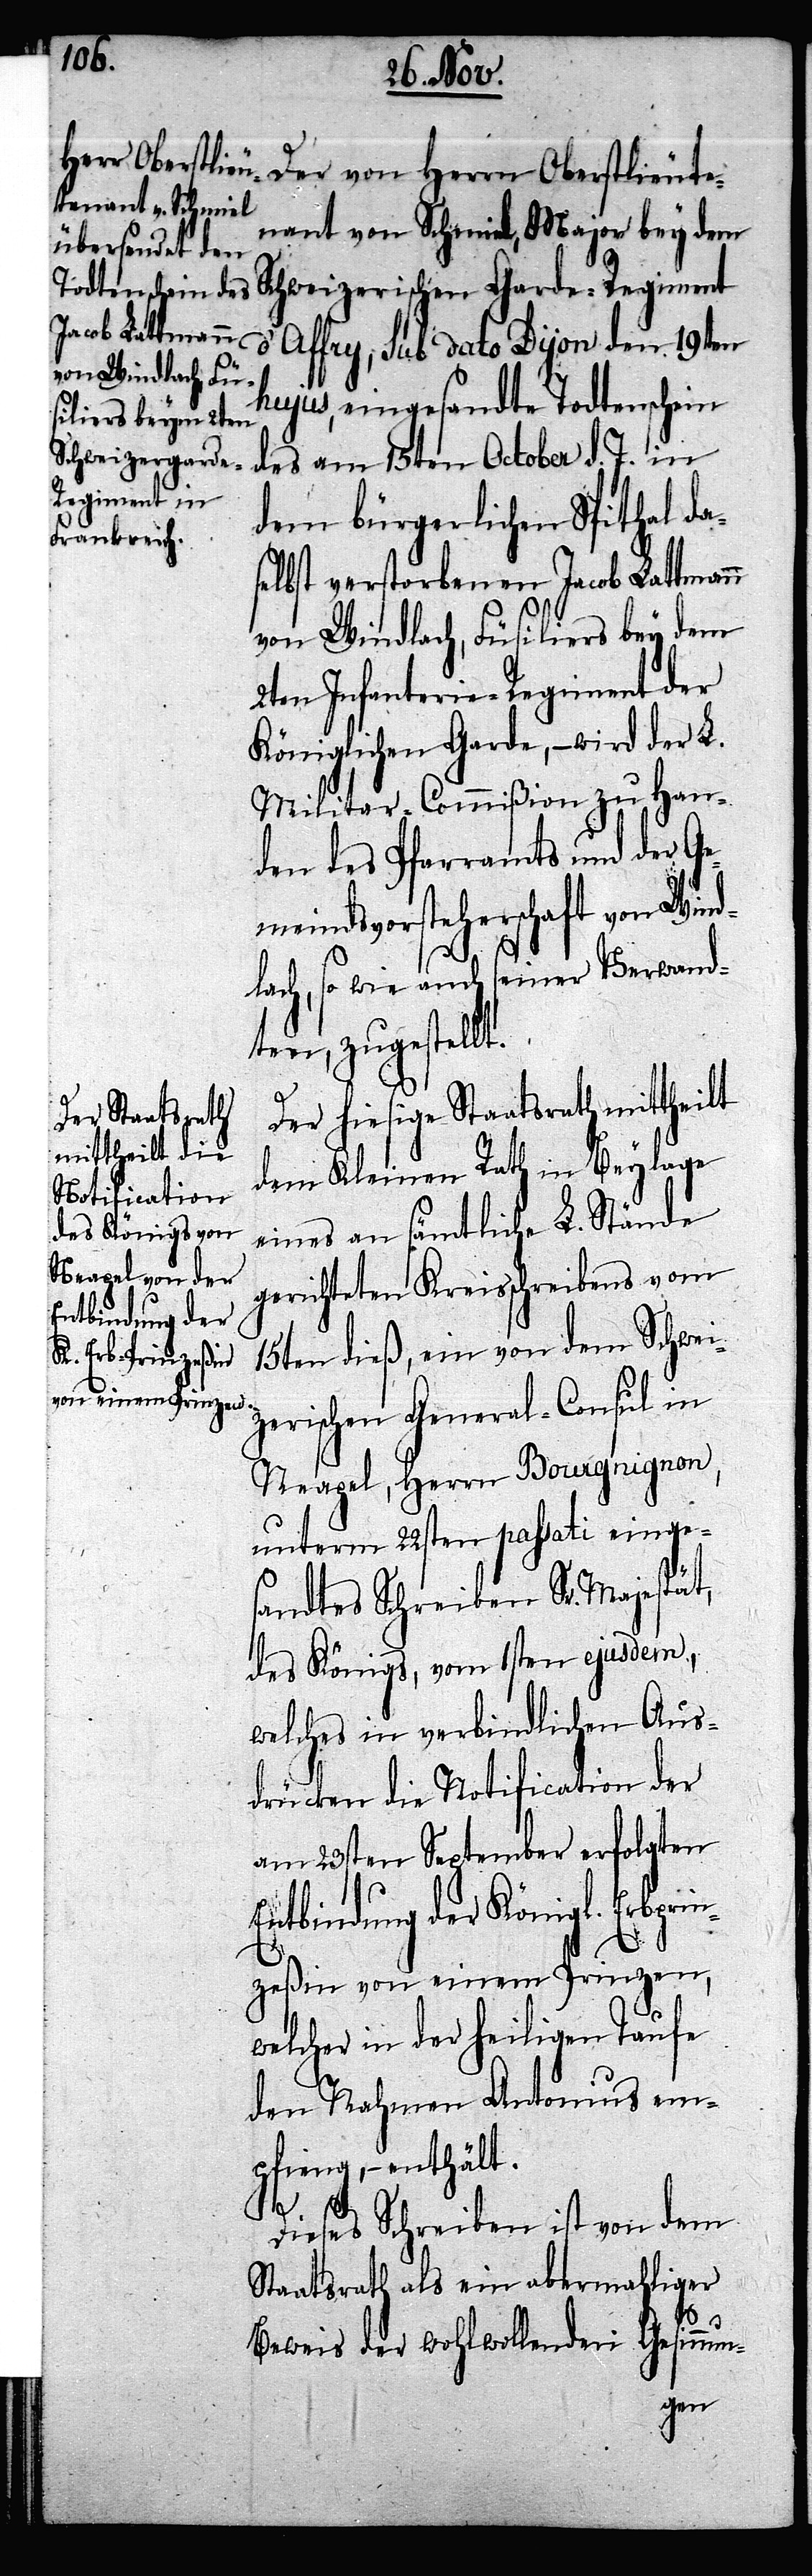
nant von Schmiel, Major bey dem
Schweizerischen Garde-Regiment
d’Affry, sub dato Dijon den 19ten
hujus, eingesandte Todtenschein
des am 15ten October d. J. in
dem bürgerlichen Spithal da¬
elbst verstorbenen Jacob Lattman¬
von Windlach, Füsilier bey dem
2ten Infanterie-Regiment der
Königlichen Garde, – wird der L.
Militar-Commißion zu Han¬
den des Pfarramts und der Ge¬
meindsvorsteherschaft von Wind¬
s¬
lach, so wie auch seiner Verwand¬
ten, zugestellt.
Der hiesige Staatsrath mittheilt
dem Kleinen Rath in Beylage
eines an sämtliche L. Stände
gerichteten Kreisschreibens vom
15ten dieß, ein von dem Schwei¬
Oberstlieute¬
zerischen General-Consul in
Neapel, Herrn Bourgnignon,
unterm 22sten passati einge¬
sandtes Schreiben Sr. Majestät,
des Königs, vom 1sten ejusdem,
welches in verbindlichen Aus¬
drücken die Notification der
am 23sten September erfolgten
Entbindung der Königl. Erbprin¬
zeßin von einem Prinzen,
welcher in der heiligen Taufe
den Nahen Antonius em¬
pfing, – enthält.
Dieses Schreiben ist von dem
Staatsrath als ein abermahliger
n
Beweis der wohlwollenden Gesinnun-